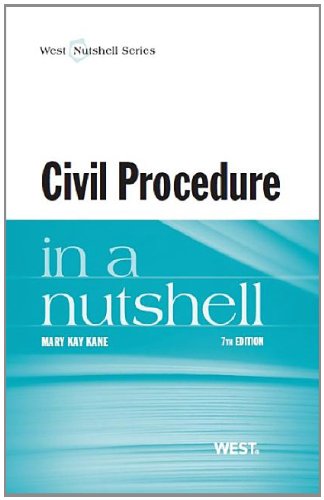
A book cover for Civil Procedure in a Nutshell; Mary Kane; Law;